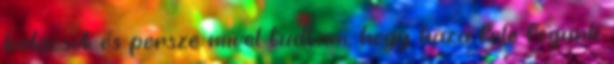
kalácsot és persze mivel tudtam, hogy haza fele fogunk